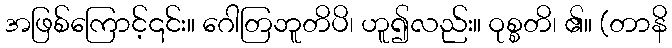
အဖြစ်ကြောင့်၎င်း။ ဂေါတြဘူတိပိ၊ ဟူ၍လည်း။ ဝုစ္စတိ၊ ၏။ (တာနိ